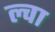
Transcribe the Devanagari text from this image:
ल्वा